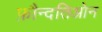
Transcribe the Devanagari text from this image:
फ़ौन्दतिओन